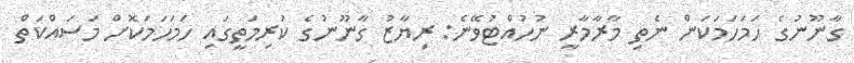
ގާނޫނުގެ ހަމަހަމަކަން ނެތި މާރާމާރީ ނުހުއްޓުވޭނެ: ރިޔާޒު ގާނޫނުގެ ކުރިމަތީގައި ހަމަހަމަކޮށް މަސައްކަތް